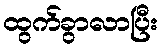
ထွက်ခွာလာပြီး